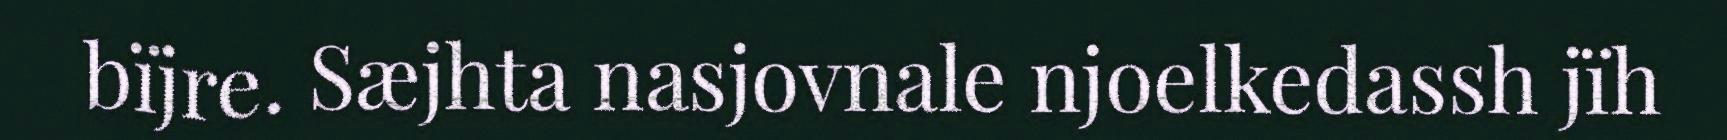
bïjre. Sæjhta nasjovnale njoelkedassh jïh